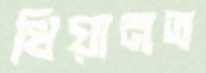
খিয়ানত